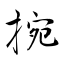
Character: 捥